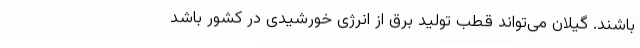
باشند. گیلان می‌تواند قطب تولید برق از انرژی خورشیدی در کشور باشد